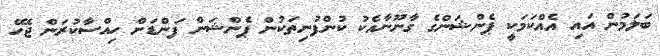
ބަލަމުން އައި އެއްކަމަކީ ޕެންޝަންގެ ގާނޫނާއެކު ކުންފުނިތަކުން ޕެންޝަން ފަންޑަށް ހިއްސާކުރަން ޖެހޭ